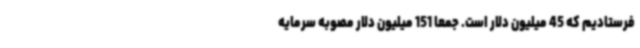
فرستادیم که 45 میلیون دلار است. جمعا 151 میلیون دلار مصوبه سرمایه